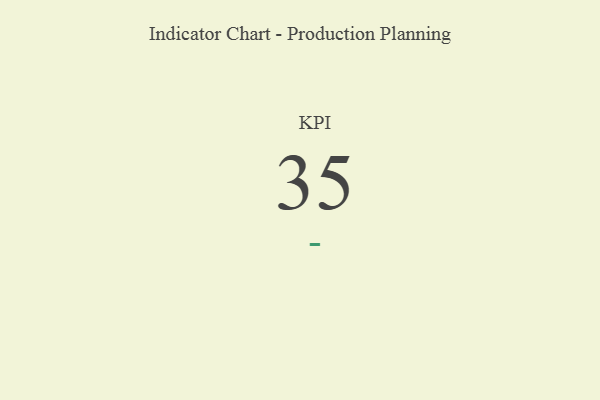
{"axis": {"x": "KPI", "y": "Value"}, "legend": [""], "data": [{"x": "KPI", "y": 35, "type": ""}]}